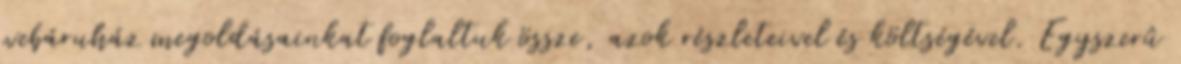
webáruház megoldásainkat foglaltuk össze, azok részleteivel és költségével. Egyszerû